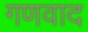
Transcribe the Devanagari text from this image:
गणवाद